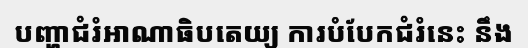
បញ្ហាជំរំអាណាធិបតេយ្យ ការបំបែកជំរំនេះ នឹង